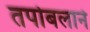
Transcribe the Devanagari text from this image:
तपोबलाने